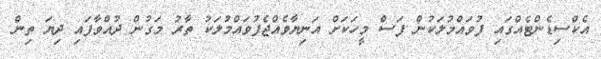
އެކްސިޑެންޓެއްގައި ފުވައްމުލަކުން ފަސް މީހަކަށް އަނިޔާވެއްޖެފުވައްމުލަކު ތާރު މަގުން ދުއްވާފައި ދިޔަ ތިން